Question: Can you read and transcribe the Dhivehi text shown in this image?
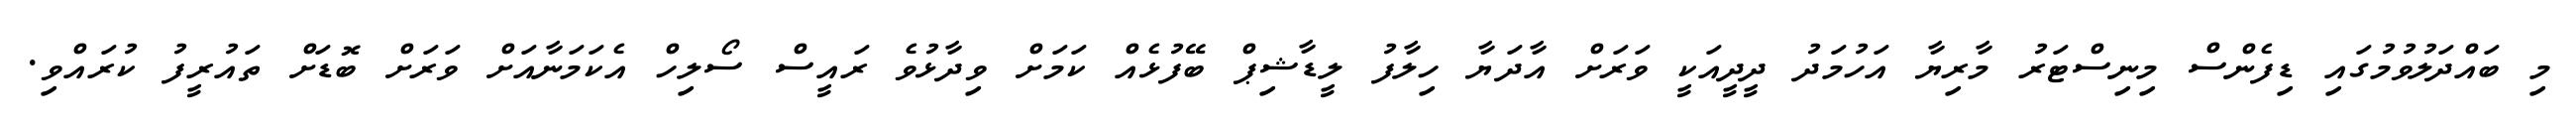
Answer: މި ބައްދަލުވުމުގައި ޑިފެންސް މިނިސްޓަރު މާރިޔާ އަހުމަދު ދީދީއަކީ ވަރަށް އާދަޔާ ހިލާފު ލީޑާޝިޕް ބޭފުޅެއް ކަމަށް ވިދާޅުވެ ރައީސް ސޯލިހް އެކަމަނާއަށް ވަރަށް ބޮޑަށް ތައުރީފު ކުރައްވި.